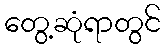
တွေ့ဆုံရာတွင်